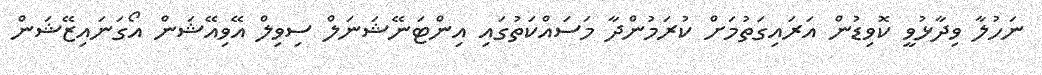
ނަހުލާ ވިދާޅުވީ ކޮވިޑުން އަރައިގަތުމަށް ކުރަމުންދާ މަސައްކަތުގައި އިންޓަނޭޝަނަލް ސިވިލް އޭވިއޭޝަން އޯގަނައިޒޭޝަން